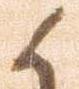
候